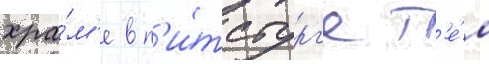
хра́м'е в п'и́тсбург'е т'е́м